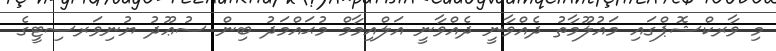
މި ވާރކްޝޮޕްގައި މައުލޫމާތު ދެއްވާނީ ދެއްވާނީ އަލްއިމާމް މުޙައްމަދު ބިން ސުޢޫދު ޔުނިވަރސިޓީގެ